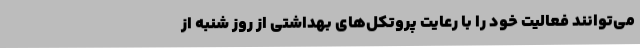
می‌توانند فعالیت خود را با رعایت پروتکل‌های بهداشتی از روز شنبه از